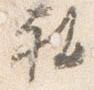
被